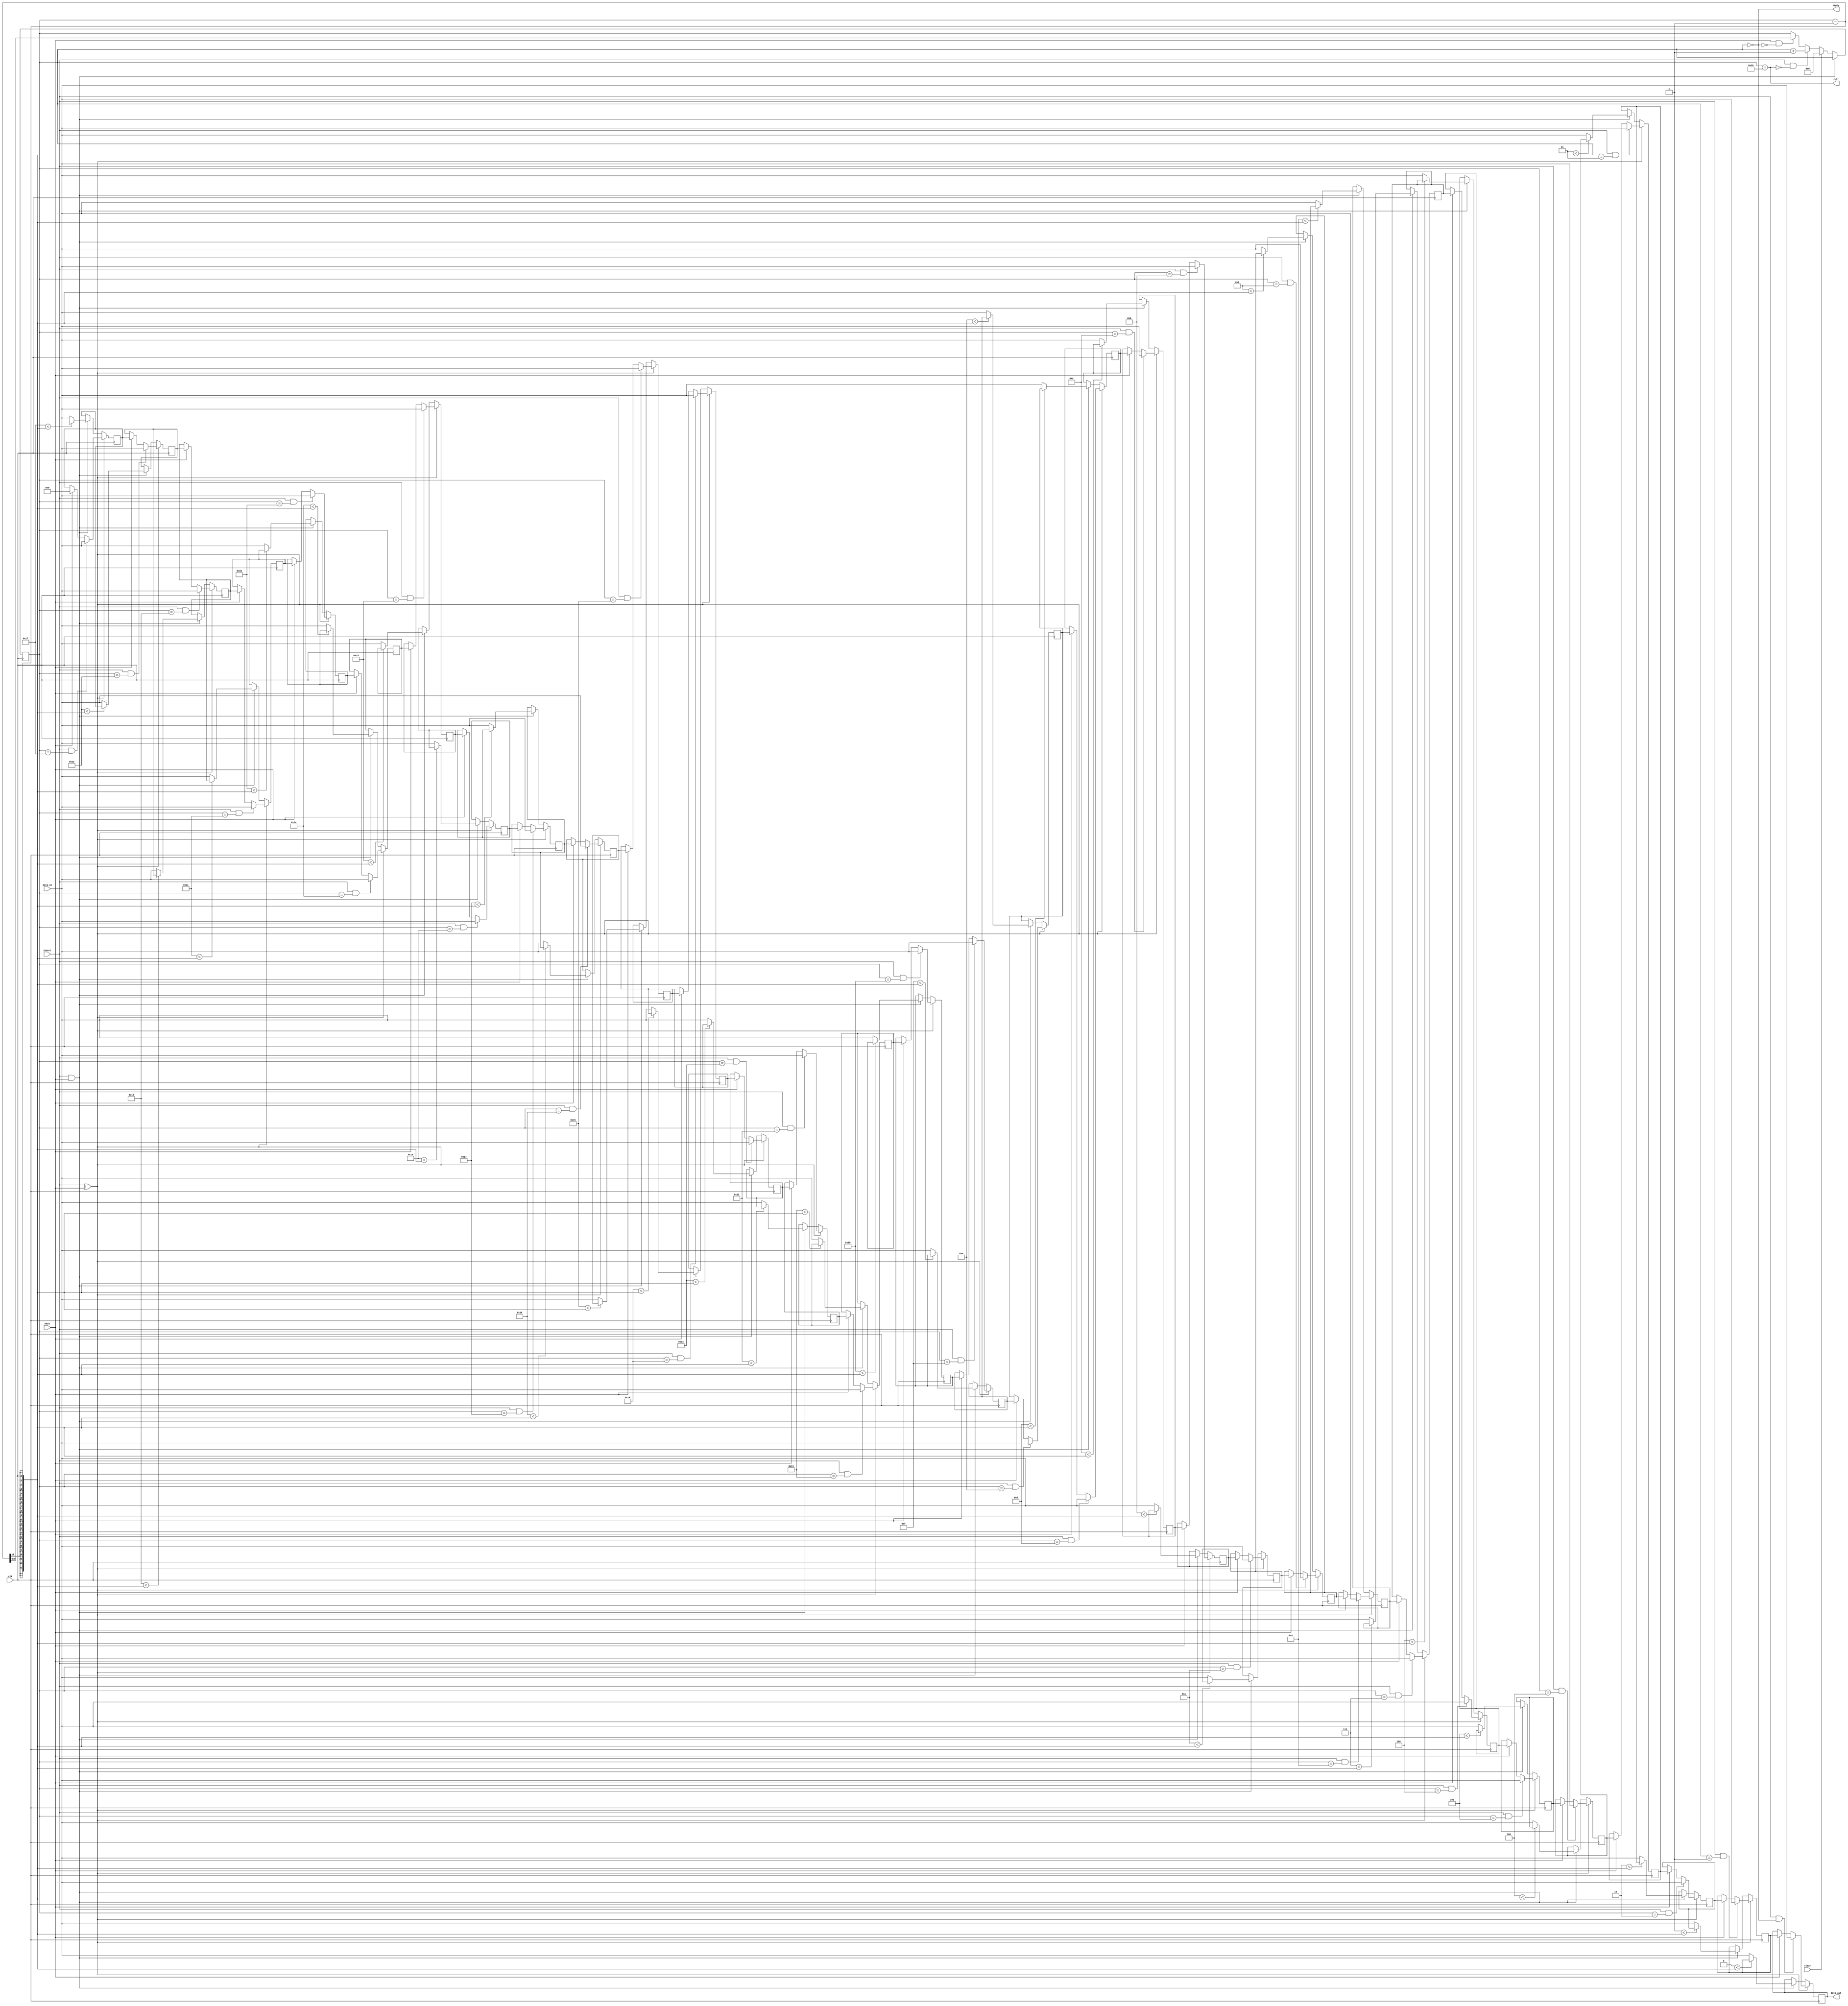
module FIFO
#(
	parameter data_width=32,
	parameter size=32,
	parameter device_id=1
)
(
	input [data_width-1:0] data_in		/*verilator public*/,
	output [data_width-1:0] data_out	/*verilator public*/,
	input clk				/*verilator public*/,
	input next				/*verilator public*/,
	input insert				/*verilator public*/,
	input clear				/*verilator public*/,
	output full				/*verilator public*/,
	output empty				/*verilator public*/
);
	reg [data_width-1:0] mem[size];
	reg [9:0] words_inside=0;

	assign data_out=mem[0];
	assign full=words_inside==size;
	assign empty=words_inside==0;

	always @(posedge clk) begin
		if (!(insert&&next)) begin
			if (clear)
				words_inside<=0;
			else if (insert && ~full)
				words_inside<=words_inside+1;
			else if (next && ~empty)
				words_inside<=words_inside-1;
		end
	end

	generate
		genvar pos;
		for (pos=0; pos<size; pos=pos+1) begin: registers
			always @(posedge clk) begin
				mem[pos]<=
					insert^next?
						insert && words_inside==pos?
							data_in
						:
							next?
								pos+1!=size?
									mem[pos+1]
								:
									0
							:
								mem[pos]
					:
						insert&&next?
							// -1 : location of
							// the last word
							pos<words_inside-1?
								mem[pos+1]
							:
								data_in
						:
							mem[pos];
				// I'm so sorry... This evil language
				// made me do it.
			end
		end
	endgenerate
endmodule